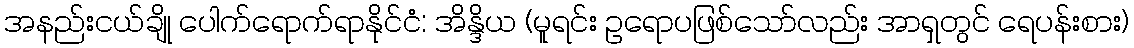
အနည်းငယ်ချို ပေါက်ရောက်ရာနိုင်ငံ: အိန္ဒိယ (မူရင်း ဥရောပဖြစ်သော်လည်း အာရှတွင် ရေပန်းစား)